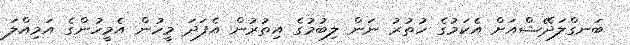
ބަނގްލަދޭޝްއަށް އެކަމުގެ ހުތުރު ނަން ލިބުމުގެ އިތުރުން އެފަދަ މީހުން އެމީހުންގެ އަމިއްލަ